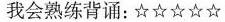
我会熟练背诵：☆☆☆☆☆